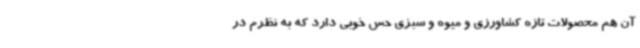
آن هم محصولات تازه کشاورزی و میوه و سبزی حس خوبی دارد که به نظرم در